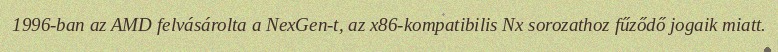
1996-ban az AMD felvásárolta a NexGen-t, az x86-kompatibilis Nx sorozathoz fűződő jogaik miatt.